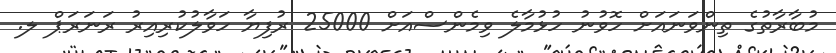
މުބާރާތުގެ ތިންވަނައަށް ހޮވުނު ހުޅުމާލެ ވިމެންސްއަށް 25000 ރުފިޔާ ހަވާލުކުރިއިރު ރަނަރަޕް ލ.